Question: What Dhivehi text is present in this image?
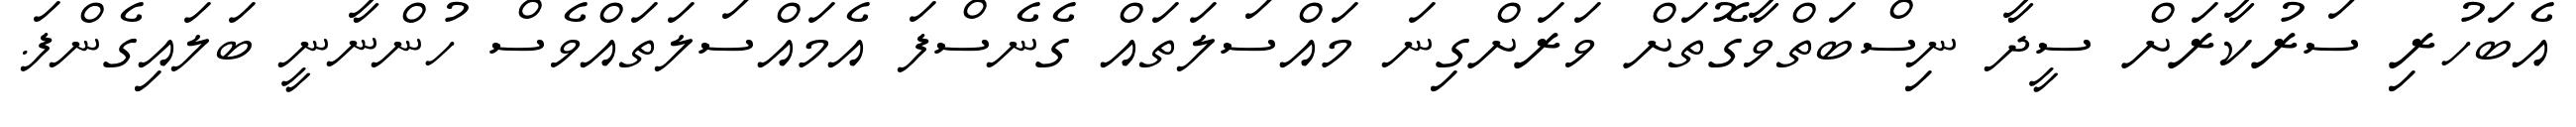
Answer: އެބަހުރި ސަރުކާރަށް ސީދާ ނިސްބަތްވާގޮތަށް ވަރަށްގިނަ މައްސަލަތައް ގެނެސްފަ އެމައްސަލަތައްވެސް ހުންނާނީ ބަލައިގެންފަ.